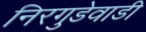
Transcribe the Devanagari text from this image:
निरगुडेवाडी